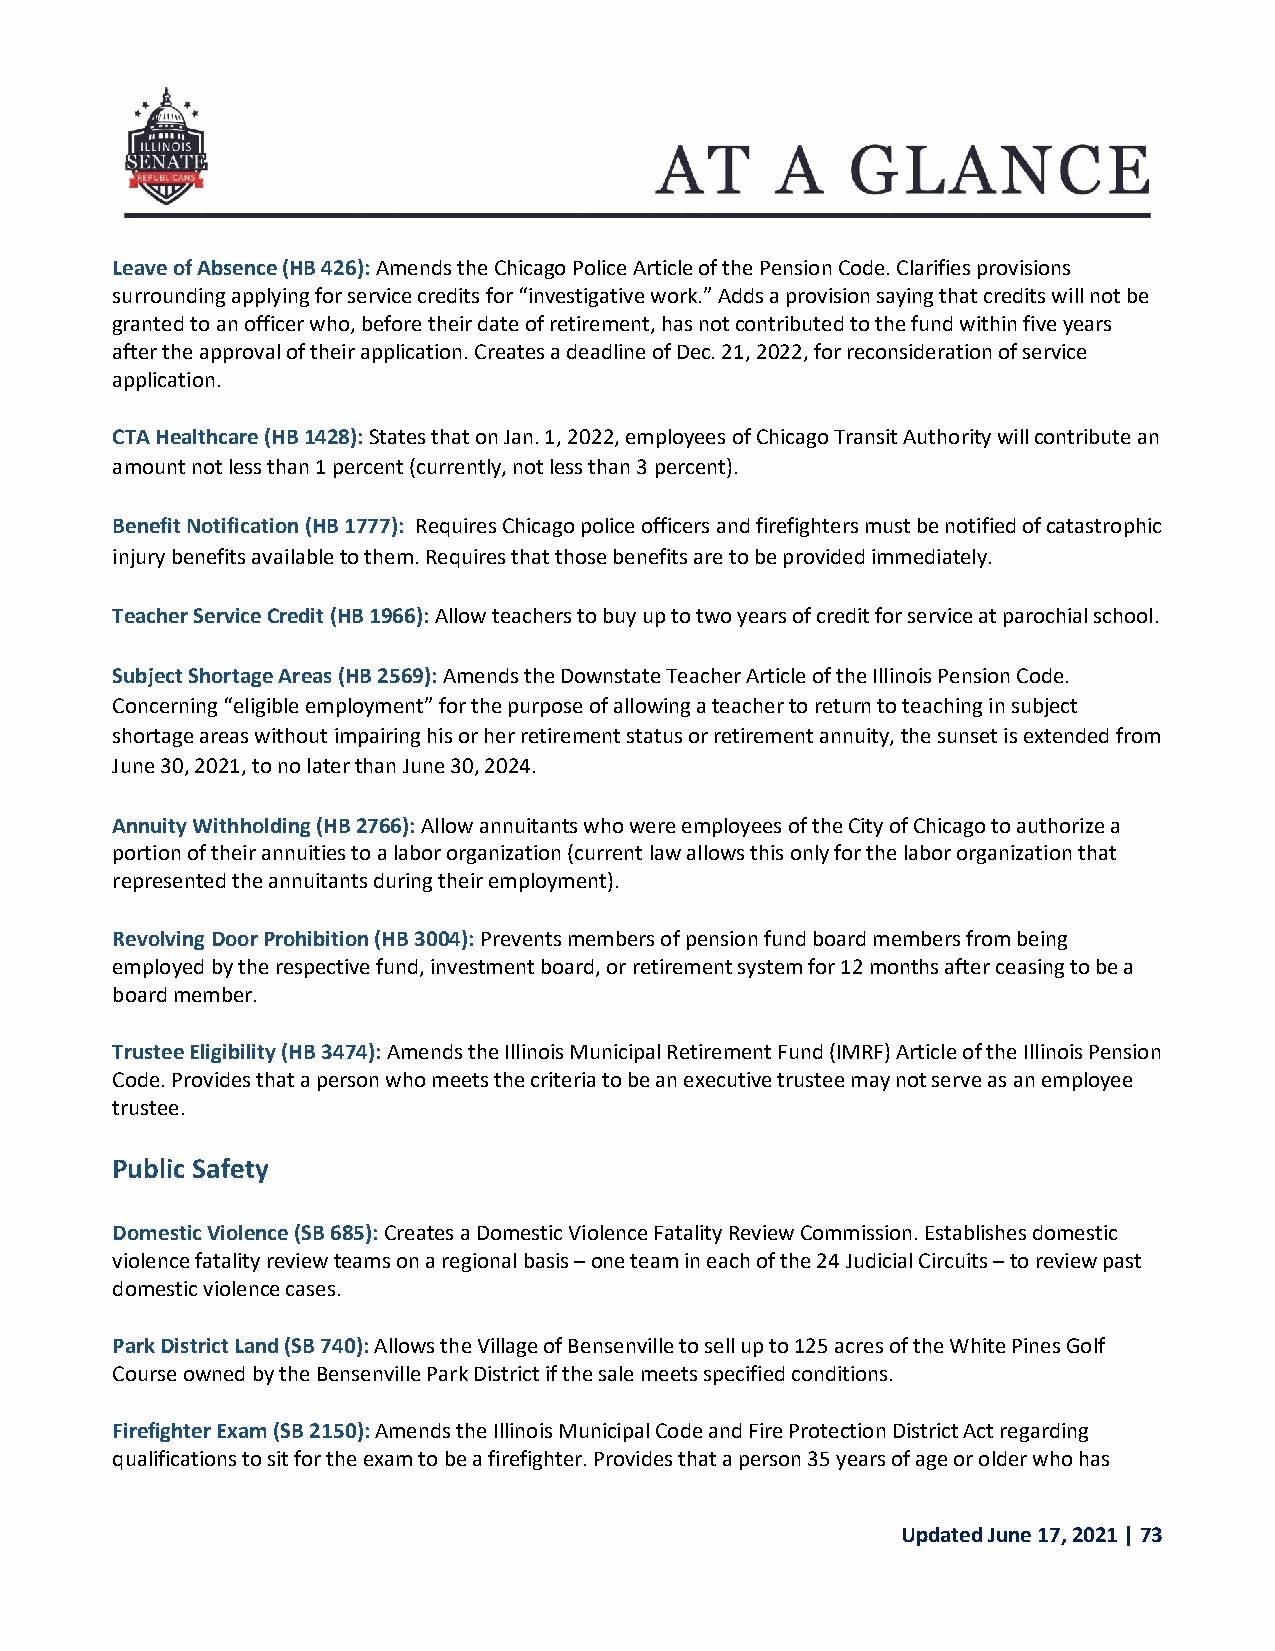
Leave of Absence (HB 426): Amends the Chicago Police Article of the Pension Code. Clarifies provisions
 surrounding applying for service credits for “investigative work.” Adds a provision saying that credits will not be
 granted to an officer who, before their date of retirement, has not contributed to the fund within five years
 after the approval of their application. Creates a deadline of Dec. 21, 2022, for reconsideration of service
 application.
 CTA Healthcare (HB 1428): States that on Jan. 1, 2022, employees of Chicago Transit Authority will contribute an
 amount not less than 1 percent (currently, not less than 3 percent).
 Benefit Notification (HB 1777): Requires Chicago police officers and firefighters must be notified of catastrophic
 injury benefits available to them. Requires that those benefits are to be provided immediately.
 Teacher Service Credit (HB 1966): Allow teachers to buy up to two years of credit for service at parochial school.
 Subject Shortage Areas (HB 2569): Amends the Downstate Teacher Article of the Illinois Pension Code.
 Concerning “eligible employment” for the purpose of allowing a teacher to return to teaching in subject
 shortage areas without impairing his or her retirement status or retirement annuity, the sunset is extended from
 June 30, 2021, to no later than June 30, 2024.
 Annuity Withholding (HB 2766): Allow annuitants who were employees of the City of Chicago to authorize a
 portion of their annuities to a labor organization (current law allows this only for the labor organization that
 represented the annuitants during their employment).
 Revolving Door Prohibition (HB 3004): Prevents members of pension fund board members from being
 employed by the respective fund, investment board, or retirement system for 12 months after ceasing to be a
 board member.
 Trustee Eligibility (HB 3474): Amends the Illinois Municipal Retirement Fund (IMRF) Article of the Illinois Pension
 Code. Provides that a person who meets the criteria to be an executive trustee may not serve as an employee
 trustee.
 Public Safety
 Domestic Violence (SB 685): Creates a Domestic Violence Fatality Review Commission. Establishes domestic
 violence fatality review teams on a regional basis – one team in each of the 24 Judicial Circuits – to review past
 domestic violence cases.
 Park District Land (SB 740): Allows the Village of Bensenville to sell up to 125 acres of the White Pines Golf
 Course owned by the Bensenville Park District if the sale meets specified conditions.
 Firefighter Exam (SB 2150): Amends the Illinois Municipal Code and Fire Protection District Act regarding
 qualifications to sit for the exam to be a firefighter. Provides that a person 35 years of age or older who has
 Updated June 17, 2021 | 73